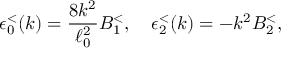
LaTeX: \epsilon _ { 0 } ^ { < } ( k ) = { \frac { 8 k ^ { 2 } } { \ell _ { 0 } ^ { 2 } } } B _ { 1 } ^ { < } , \quad \epsilon _ { 2 } ^ { < } ( k ) = - k ^ { 2 } B _ { 2 } ^ { < } ,